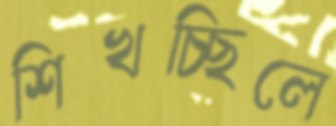
শিখচ্ছিলে